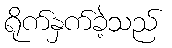
ရိုက်နှက်ခဲ့သည်